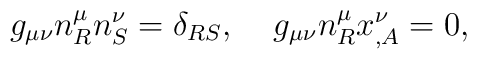
g_{\mu\nu}n^\mu_R n^\nu_S=\delta_{RS},\;\;\;\;g_{\mu\nu}n^\mu_R x^\nu_{,A}=0,